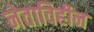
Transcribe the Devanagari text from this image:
नेताविहीन